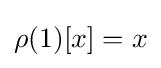
\rho (1)[x]=x